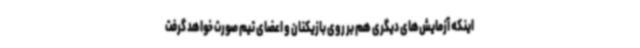
اینکه آزمایش‌های دیگری هم بر روی بازیکنان و اعضای تیم صورت خواهد گرفت